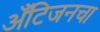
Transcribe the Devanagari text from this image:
अँटिजनचा